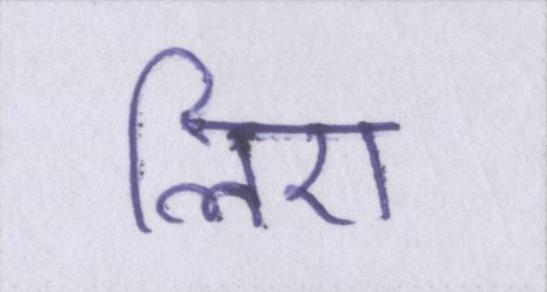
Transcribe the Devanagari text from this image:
लिए